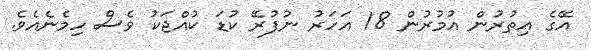
އޭގެ އިތުރުން އުމުރުން 18 އަހަރު ނުފުރޭ ކުޑަ ކުއްޖަކު ވެސް ހިމެނެއެވެ.